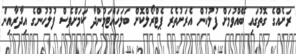
ރަށެއްގެ ގޮތުގައި ބޭއްވުމަށް ފުލުހުން އެރަށުތެރެ ޕެޓްރޯލްކޮށް ބަލަހައްޓަމުންދާ ކަމަށްވެސް ފުލުހުންގެ އިދާރާއިން